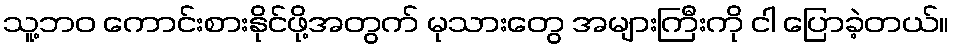
သူ့ဘဝ ကောင်းစားနိုင်ဖို့အတွက် မုသားတွေ အများကြီးကို ငါ ပြောခဲ့တယ်။